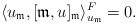
\begin{align*}\langle u_\mathfrak{m},[\mathfrak{m},u]_\mathfrak{m}\rangle^F_{u_\mathfrak{m}}=0.\end{align*}